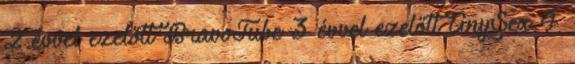
2 évvel ezelőtt BravoTube 3 évvel ezelőtt AnySex 4